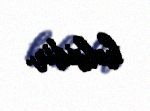
həbsidir.